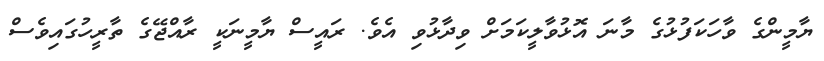
ޔާމީންގެ ވާހަކަފުޅުގެ މާނަ އޮޅުވާލީކަމަށް ވިދާޅުވި އެވެ. ރައީސް ޔާމީނަކީ ރާއްޖޭގެ ތާރީހުގައިވެސް